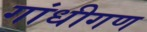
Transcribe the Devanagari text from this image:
गांधीगण